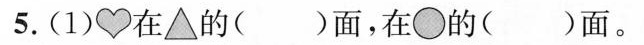
5.(1)♥在▲的( )面，在\circ的( )面。